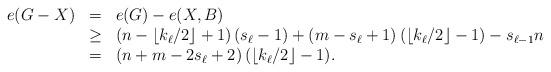
LaTeX: \begin{align*} \begin{array}{lll} e(G-X)&=&e(G)-e(X,B)\\ & \geq& \left(n-\left\lfloor k_{\ell}/2\right\rfloor+1\right)(s_\ell-1)+\left(m-s_\ell+1\right)\left(\left\lfloor k_{\ell}/2\right\rfloor-1\right) -s_{\ell-1}n\\&=&\left(n+m-2s_{\ell}+2\right)(\lfloor k_{\ell}/2\rfloor-1). \end{array}\end{align*}